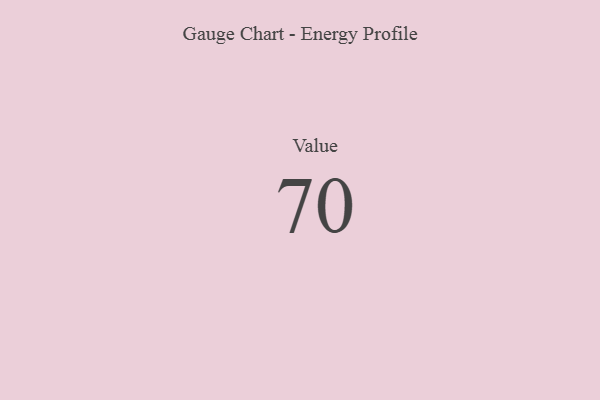
{"axis": {"x": "Metric", "y": "Value"}, "legend": [""], "data": [{"x": "Value", "y": 70, "type": ""}]}